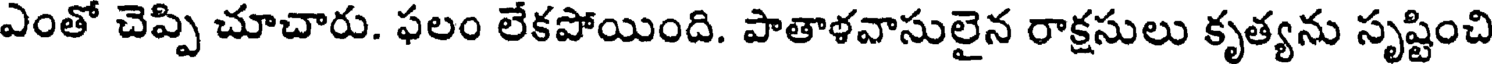
ఎంతో చెప్పి చూచారు. ఫలం లేకపోయింది. పాతాళవాసులైన రాక్షసులు కృత్యను సృష్టించి